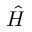
\hat { H }